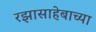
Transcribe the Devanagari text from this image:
रझासाहेबाच्या